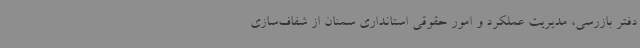
دفتر بازرسی، مدیریت عملکرد و امور حقوقی استانداری سمنان از شفاف‌سازی